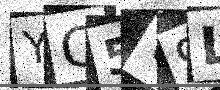
Text: YC5V9L